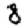
Digit: 8